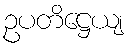
ဥပတိဋ္ဌေယျ